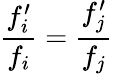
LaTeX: \frac{f_{i}^{\prime}}{f_{i}}=\frac{f_{j}^{\prime}}{f_{j}}